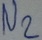
Text: N2